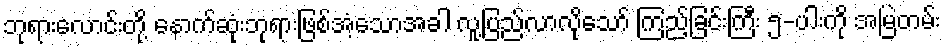
ဘုရားလောင်းတို့ နောက်ဆုံးဘုရားဖြစ်အံ့သောအခါ လူ့ပြည်လာလိုသော် ကြည့်ခြင်းကြီး ၅-ပါးကို အမြဲတမ်း